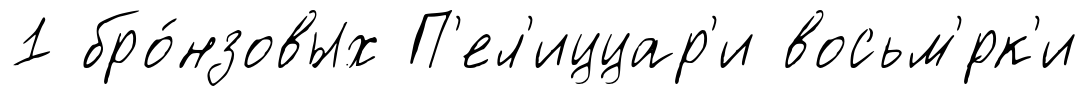
1 бро́нзовых П'ел'иццар'и восьм'́рк'и